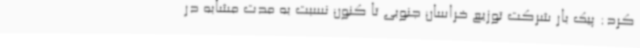
کرد: پیک بار شرکت توزیع خراسان جنوبی تا کنون نسبت به مدت مشابه در